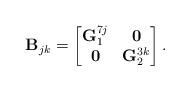
LaTeX: \begin{align*}\mathbf{B}_{jk} = \left[\begin{matrix} \mathbf{G}_1^{7j} & \mathbf{0} \\ \mathbf{0} & \mathbf{G}_2^{3k} \end{matrix}\right].\end{align*}